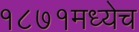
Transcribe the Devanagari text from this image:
१८७१मध्येच